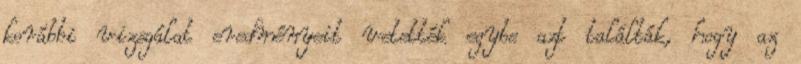
korábbi vizsgálat eredményeit vetették egybe azt találták, hogy az